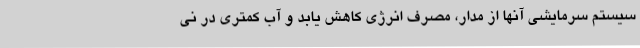
سیستم سرمایشی آنها از مدار، مصرف انرژی کاهش یابد و آب کمتری در نی